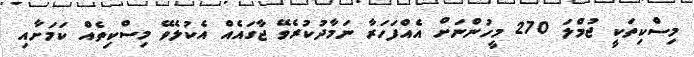
މިސްކިތަކީ ޖުމްލަ 270 މީހުންނަށް އެއްފަހަރާ ނަމާދުކުރެވޭ ޖާގައެއް އެކުލެވޭ މިސްކިތެއް ކަމަށާއި